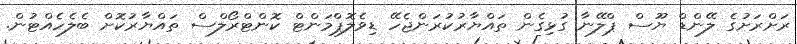
ރަށްރަށުގެ ލޭންޑް ޔޫސް ޕްލޭނާ ގުޅިގެން ތައްޔާރުކުރަންޖެހޭ ޑިވެލޮޕްމަންޓް ކޮންޓްރޯލްސް ތައްޔާރުކޮށް ބެލެހެއްޓުން.